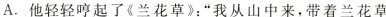
A.他轻轻哼起了《兰花草》：”我从山中来，带着兰花草